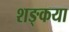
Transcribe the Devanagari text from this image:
शङ्कया